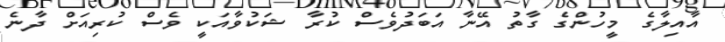
އާއިލާގެ މީހުންގެ ގާތު އޭނާ އަބަދުވެސް ކުރާ ޝަކުވާއަކީ ވެސް ކުރިއަށް ދާނެ